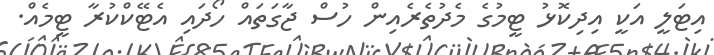
އިޓަލީ އަކީ އިދިކޮޅު ޓީމުގެ މެދުތެރެއިން ހުސް ޖާގަތައް ހޯދައި އެޓޭކްކުރާ ޓީމެއް.